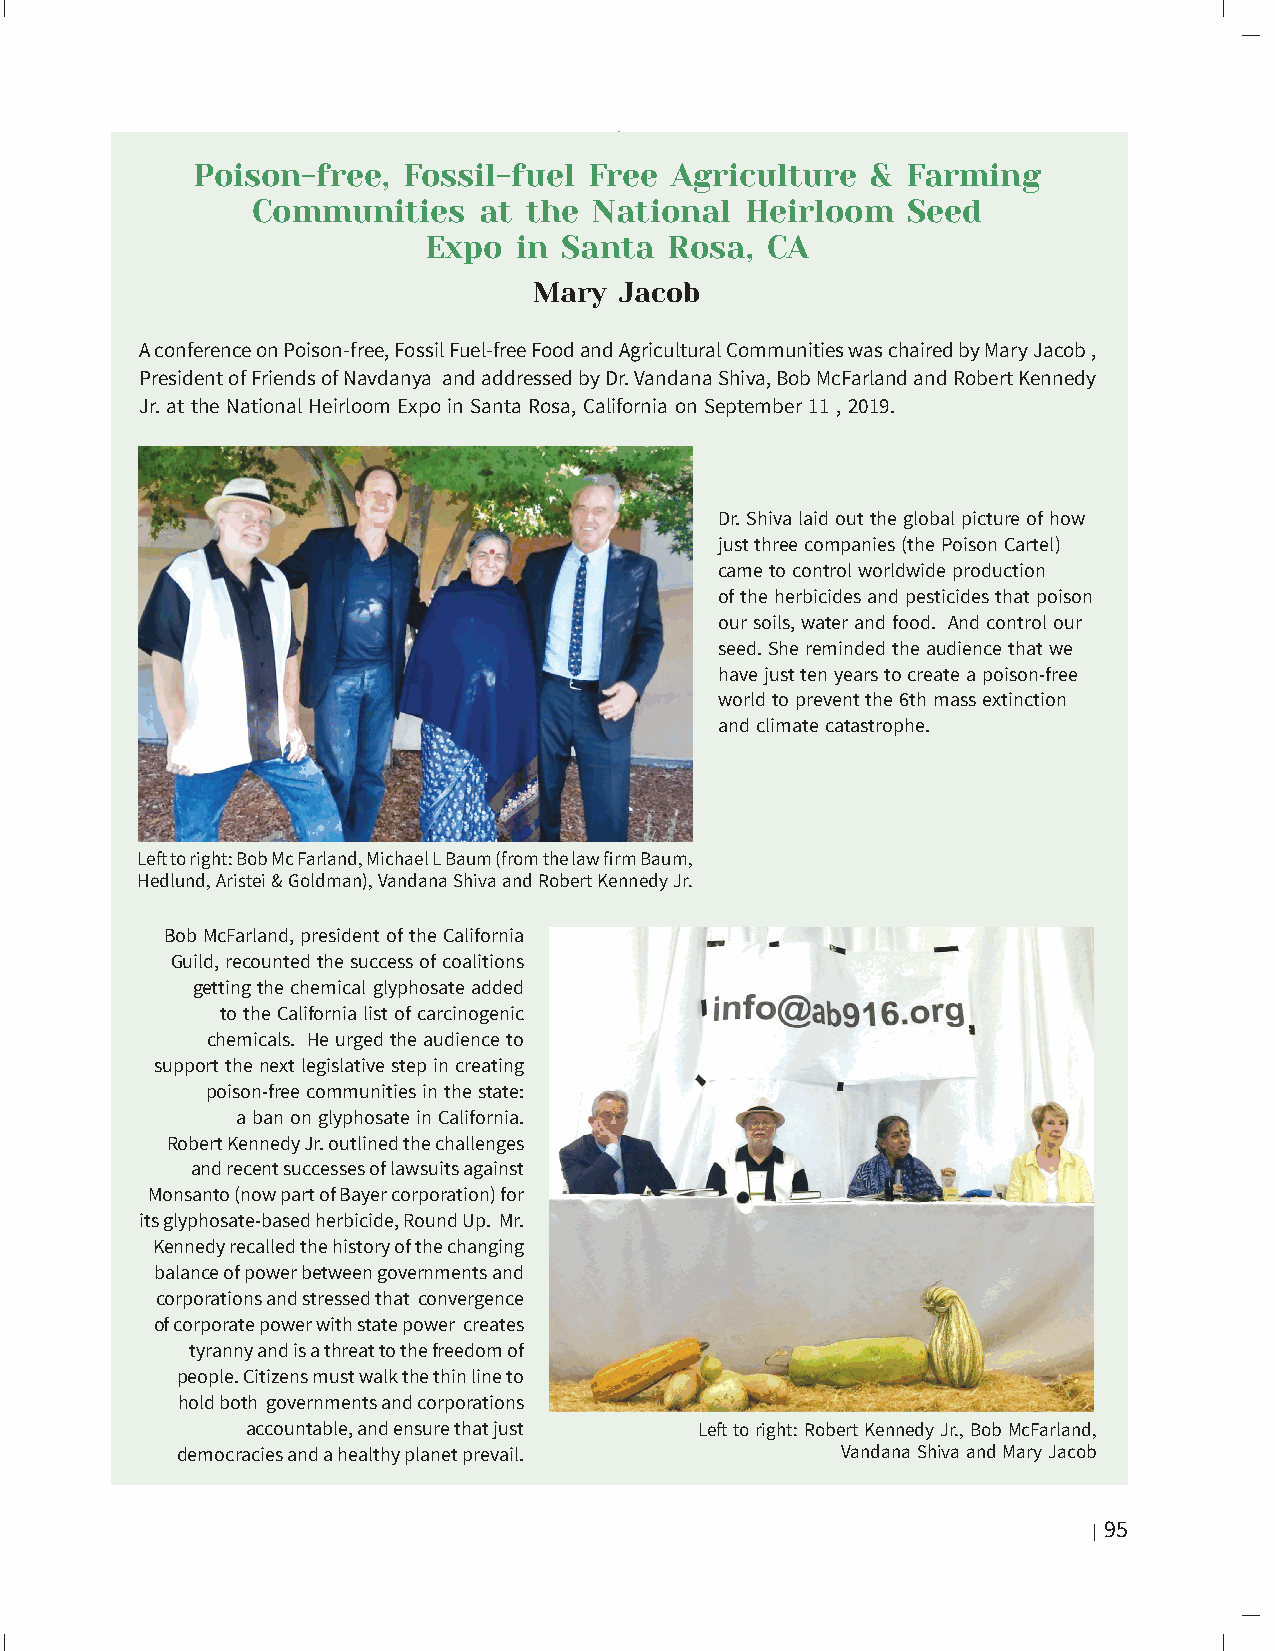
Poison-free,  Fossil-fuel Free Agriculture   & Farming
 Communities    at the National  Heirloom   Seed
 Expo  in Santa  Rosa,  CA
 Mary  Jacob
 A conference on Poison-free, Fossil Fuel-free Food and Agricultural Communities was chaired by Mary Jacob ,
 President of Friends of Navdanya and addressed by Dr. Vandana Shiva, Bob McFarland and Robert Kennedy
 Jr. at the National Heirloom Expo in Santa Rosa, California on September 11 , 2019.
 Dr. Shiva laid out the global picture of how
 just three companies (the Poison Cartel)
 came to control worldwide production
 of the herbicides and pesticides that poison
 our soils, water and food. And control our
 seed. She reminded the audience that we
 have just ten years to create a poison-free
 world to prevent the 6th mass extinction
 and climate catastrophe.
 Left to right: Bob Mc Farland, Michael L Baum (from the law firm Baum,
 Hedlund, Aristei & Goldman), Vandana Shiva and Robert Kennedy Jr.
 Bob McFarland, president of the California
 Guild, recounted the success of coalitions
 getting the chemical glyphosate added
 to the California list of carcinogenic
 chemicals. He urged the audience to
 support the next legislative step in creating
 poison-free communities in the state:
 a ban on glyphosate in California.
 Robert Kennedy Jr. outlined the challenges
 and recent successes of lawsuits against
 Monsanto (now part of Bayer corporation) for
 its glyphosate-based herbicide, Round Up. Mr.
 Kennedy recalled the history of the changing
 balance of power between governments and
 corporations and stressed that convergence
 of corporate power with state power creates
 tyranny and is a threat to the freedom of
 people. Citizens must walk the thin line to
 hold both governments and corporations
 accountable, and ensure that just Left to right: Robert Kennedy Jr., Bob McFarland,
 democracies and a healthy planet prevail.   Vandana Shiva and Mary Jacob
 Part 2: False Narratives, Failed Technologies | 95